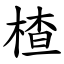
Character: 楂